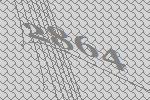
2864